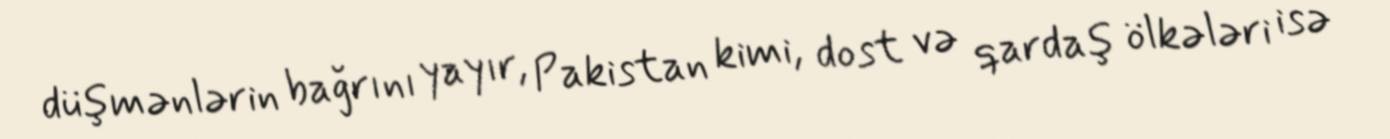
düşmənlərin bağrını yayır, Pakistan kimi, dost və qardaş ölkələri isə